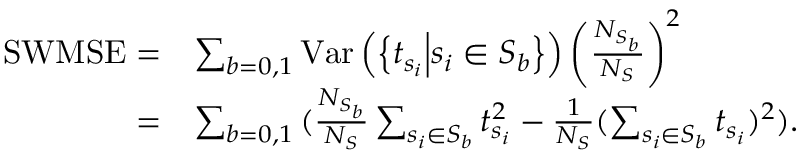
\begin{array} { r l } { \mathrm { S W M S E } = } & { \sum _ { b = 0 , 1 } { \mathrm { V a r } \left( \left\{ t _ { s _ { i } } \middle | s _ { i } \in S _ { b } \right\} \right) \left( \frac { N _ { S _ { b } } } { N _ { S } } \right) ^ { 2 } } } \\ { = } & { \sum _ { b = 0 , 1 } { ( \frac { N _ { S _ { b } } } { N _ { S } } \sum _ { s _ { i } \in S _ { b } } t _ { s _ { i } } ^ { 2 } - \frac { 1 } { N _ { S } } ( \sum _ { s _ { i } \in S _ { b } } t _ { s _ { i } } ) ^ { 2 } ) } . } \end{array}